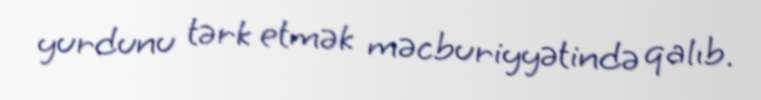
yurdunu tərk etmək məcburiyyətində qalıb.